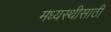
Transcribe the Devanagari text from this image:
मध्यस्थीसाठी